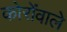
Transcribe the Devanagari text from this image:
कोरोंवाले